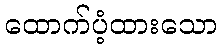
ထောက်ပံ့ထားသော